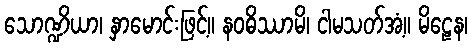
သောဏ္ဍိယာ၊ နှာမောင်းဖြင့်။ နဝဓိဿာမိ၊ ငါမသတ်အံ့။ မိဠေန၊